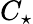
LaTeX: C_{\star}